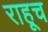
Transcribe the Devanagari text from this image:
राहूच